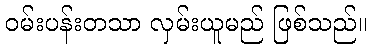
ဝမ်းပန်းတသာ လှမ်းယူမည် ဖြစ်သည်။